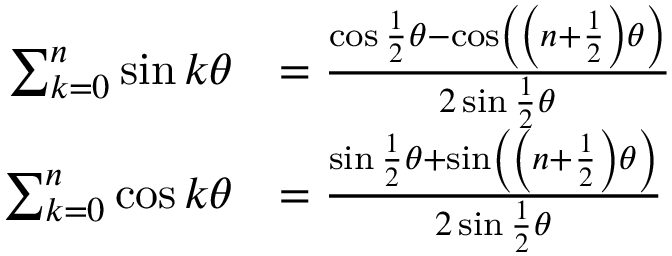
{ \begin{array} { r l } { \sum _ { k = 0 } ^ { n } \sin k \theta } & { = { \frac { \cos { \frac { 1 } { 2 } } \theta - \cos \left( \left( n + { \frac { 1 } { 2 } } \right) \theta \right) } { 2 \sin { \frac { 1 } { 2 } } \theta } } } \\ { \sum _ { k = 0 } ^ { n } \cos k \theta } & { = { \frac { \sin { \frac { 1 } { 2 } } \theta + \sin \left( \left( n + { \frac { 1 } { 2 } } \right) \theta \right) } { 2 \sin { \frac { 1 } { 2 } } \theta } } } \end{array} }